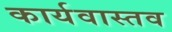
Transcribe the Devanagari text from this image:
कार्यवास्तव